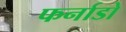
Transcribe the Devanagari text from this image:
फर्नाडो